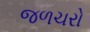
જળચરો